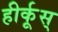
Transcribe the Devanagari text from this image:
हीर्कूस्